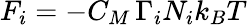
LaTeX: F_{i}=-C_{M}\, \Gamma_{i}N_{i}k_{B}T